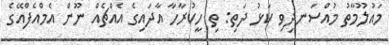
މައުލޫމާތު މުއްސަނދިވި ކަޅު ދަތި: ތި ހީކުރާހާ އާދައިގެ އެއްޗެއް ނޫން އެމްއެފްއޭގެ